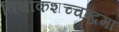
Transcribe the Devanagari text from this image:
विचाकशच्चन्द्रमा